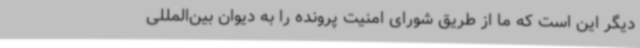
دیگر این است که ما از طریق شورای امنیت پرونده را به دیوان بین‌المللی